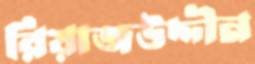
রিয়াজউদ্দীন